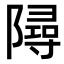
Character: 𨼔